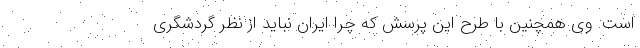
است. وی همچنین با طرح این پرسش که چرا ایران نباید از نظر گردشگری